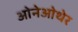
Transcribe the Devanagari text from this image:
ओनेओथेर